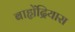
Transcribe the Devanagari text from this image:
बाह्येंद्रियास